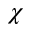
\chi